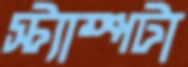
স্ট্যাম্পটা